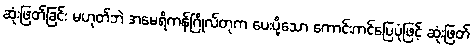
ဆုံးဖြတ်ခြင်း မဟုတ်ဘဲ အမေရိကန်ဂြိုလ်တုက ပေးပို့သော ကောင်းကင်ပြေပုံဖြင့် ဆုံးဖြတ်